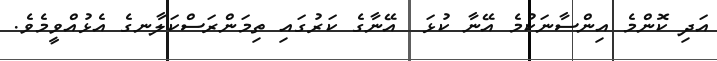
އަދި ކޮންމެ އިންސާނަކުމެ އޭނާ ކުޅަ  އޭނާގެ ކަރުގައި ތިމަންރަސްކަލާނގެ އެޅުއްވީމެވެ.